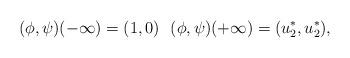
LaTeX: \begin{align*} (\phi,\psi)(-\infty)=(1,0)\ \ (\phi,\psi)(+\infty)=(u_2^*,u_2^*),\end{align*}